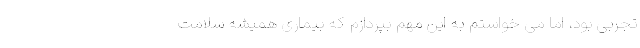
تجربی بود، اما می خواستم به این مهم بپردازم که بیماری همیشه سلامت